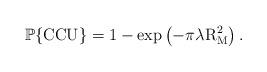
LaTeX: \begin{align*}\mathbb{P}\{{\rm CCU}\}&= 1-\exp \left( - \pi \lambda \rm{R^2_M}\right).\end{align*}